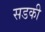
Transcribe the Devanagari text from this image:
सडकी